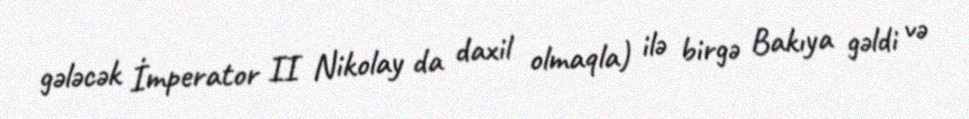
gələcək İmperator II Nikolay da daxil olmaqla) ilə birgə Bakıya gəldi və